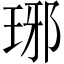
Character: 琊